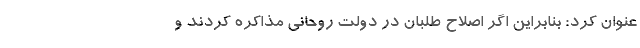
عنوان کرد: بنابراین اگر اصلاح طلبان در دولت روحانی مذاکره کردند و